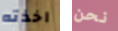
اخذته نحن